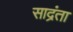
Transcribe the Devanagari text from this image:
साद्रंता